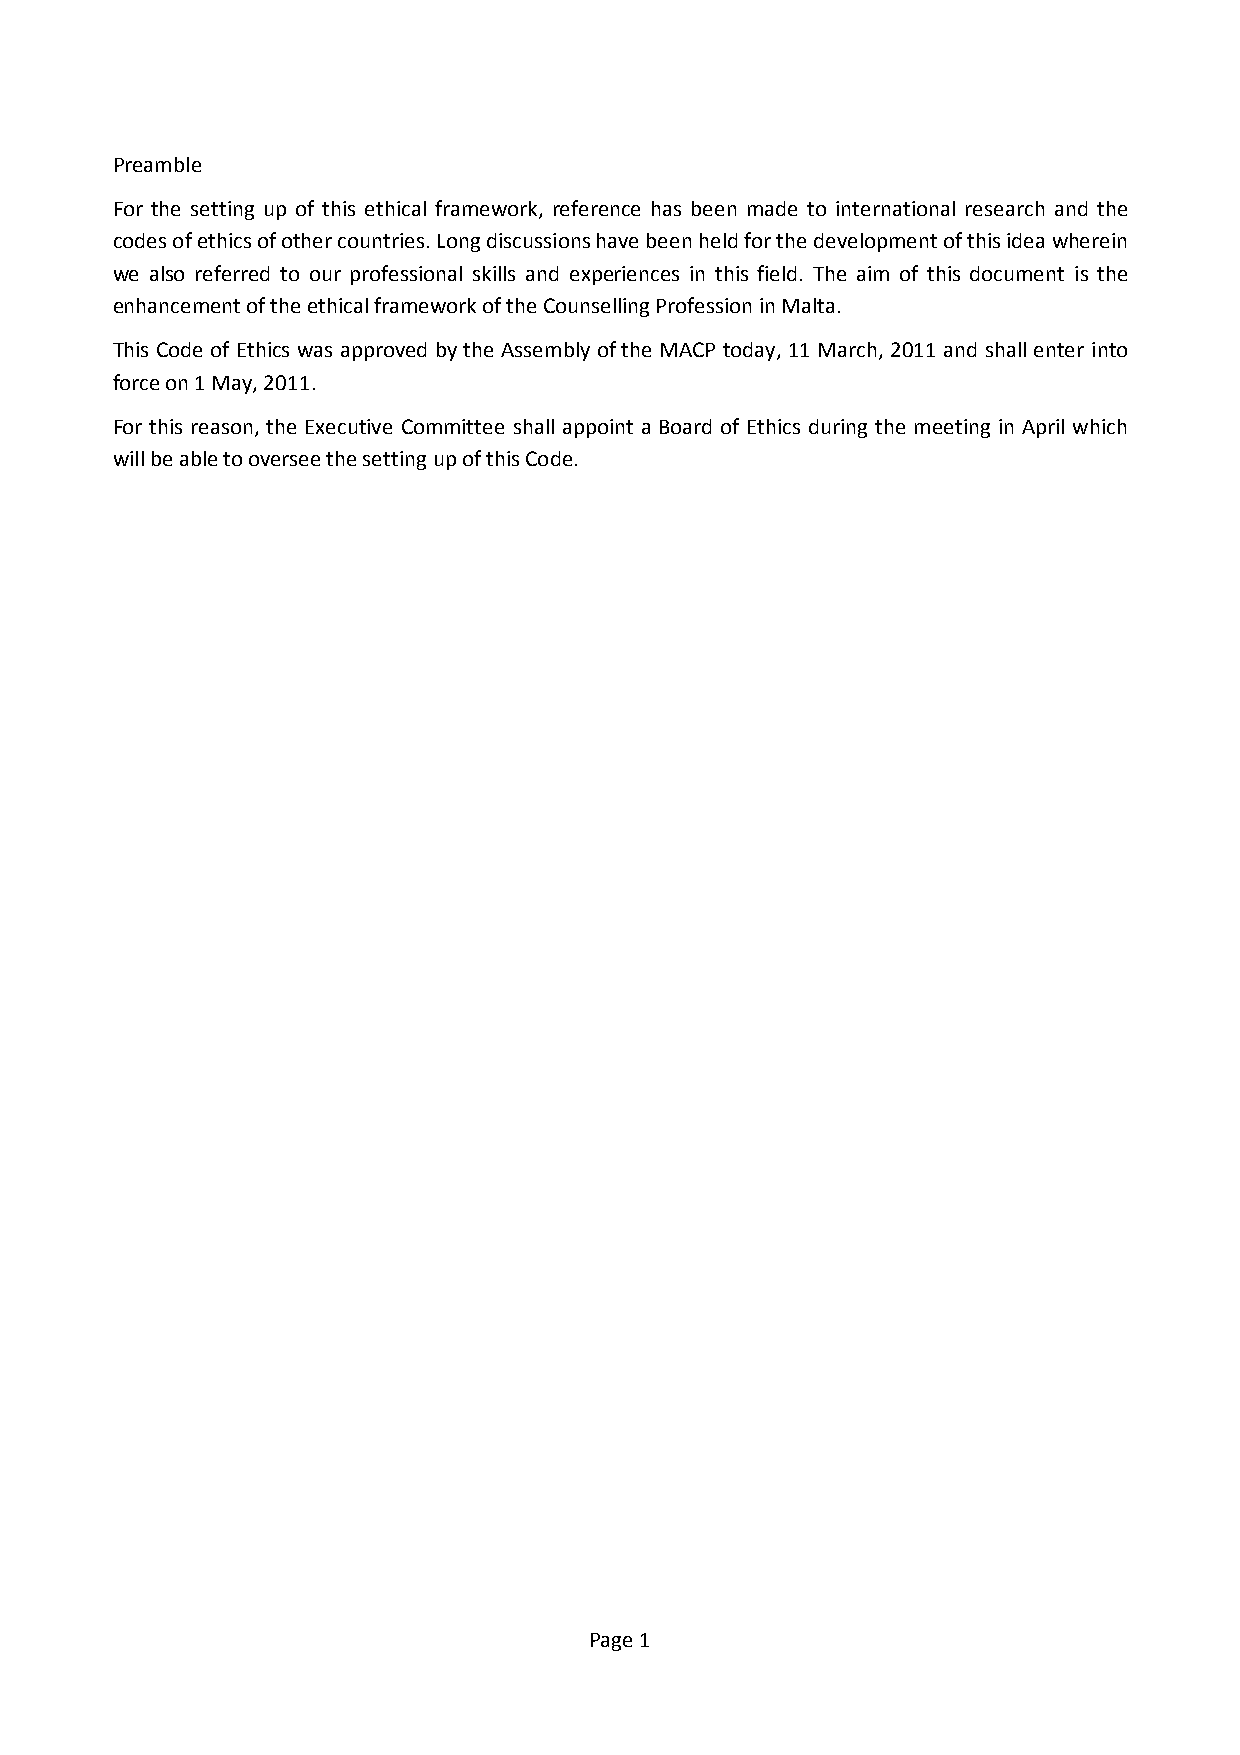
Preamble
 For the setting up of this ethical framework, reference has been made to international research and the
 codes of ethics of other countries. Long discussions have been held for the development of this idea wherein
 we also referred to our professional skills and experiences in this field. The aim of this document is the
 enhancement of the ethical framework of the Counselling Profession in Malta.
 This Code of Ethics was approved by the Assembly of the MACP today, 11 March, 2011 and shall enter into
 force on 1 May, 2011.
 For this reason, the Executive Committee shall appoint a Board of Ethics during the meeting in April which
 will be able to oversee the setting up of this Code.
 Page 1